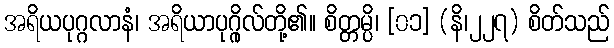
အရိယပုဂ္ဂလာနံ၊ အရိယာပုဂ္ဂိုလ်တို့၏။ စိတ္တမ္ပိ၊ [၀၁] (နိ၊၂၂၇) စိတ်သည်